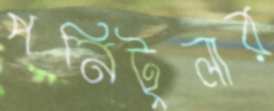
পনিটুলার